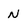
Character: N